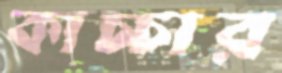
কাচ্চার